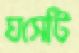
ঘসেটি